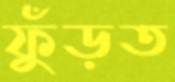
ফুঁড়ত